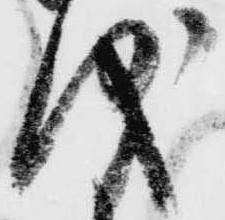
儀